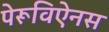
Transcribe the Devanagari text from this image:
पेरूविऐनस